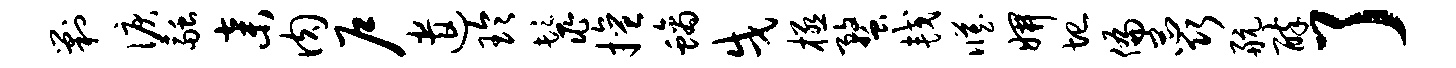
剿泪融弃肉户遣玲鬣擅螭戌极蝥较臧妍圮偏蕊航醉了